Lunatic asylums Madras 1877-1891 - 1877-1891
Year: 1877
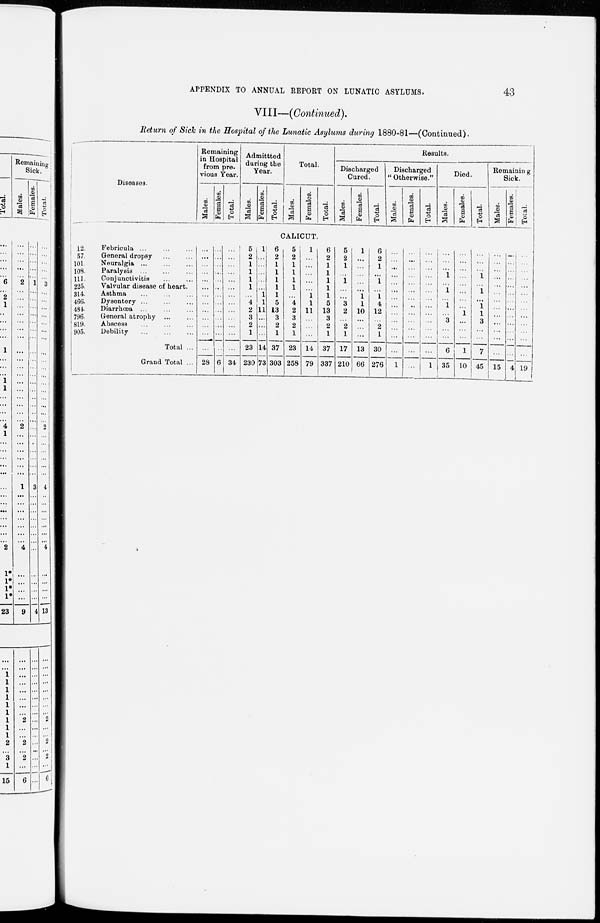
43
APPENDIX TO ANNUAL REPORT ON LUNATIC ASYLUMS.
VIII—(Continued).
Return of Sick in the Hospital of the Lunatic Asylums during 1880-81—(Continued).
Diseases.
Remaining
in Hospital
from p r e v i o u s Year.
Males.
Females.
Total.
Admittted
during the
Year.
Males.
Females.
Total.
Total.
Males.
Females.
Total.
Results.
Discharged
Cured.
Males.
Fe ma l
e s .
Total.
Discharged
' Otherwise."
Males.
Females.
Total.
Died.
Males.
Females.
Total.
Remaining
Sick.
Males.
Females.
Total.
CALICUT.
12.
57.
101.
103.
111.
225.
314.
466
484.
796.
819.
905.
Febricula ... ... ...
General dropsy ... ...
Neuralgia ... ... ...
Paralysis ... ... ...
Conjunctivitis ... ...
Valvular disease of heart.
Asthma ... ... ...
Dysentery ... ... ...
Diarrhœa ... ... ...
General atrophy ... ...
Abscess ... ... ...
Debility ... ... ...
Total ...
Grand Total ...
...
...
...
...
...
...
...
...
...
...
...
...
...
28
...
...
...
...
...
...
...
...
...
...
...
...
...
6
...
...
...
...
...
...
...
...
...
...
...
...
...
34
5
2
1
1
1
1
...
4
2
3
2
1
23
230
1
...
...
...
...
...
1
1
11
...
...
...
14
73
6
2
1
1
1
1
1
5
13
3
2
1
37
303
5
2
1
1
1
1
...
4
2
3
2
1
23
258
1
...
...
...
...
...
1
1
11
...
...
...
14
79
6
2
...
...
...
...
...
5
13
3
2
1
37
337
5
2
1
...
1
...
...
3
2
...
2
1
17
210
1
...
...
...
...
...
1
1
10
...
...
...
13
66
6
2
1
...
1
...
1
4
12
...
2
1
30
276
...
...
...
...
...
...
...
...
...
...
...
...
...
1
...
...
...
...
...
...
...
...
...
...
...
...
...
...
...
...
...
...
...
...
...
...
...
...
...
... ...
1
...
...
...
1
...
1
...
1
...
...
...
... 6
35
...
...
...
...
...
...
...
...
1
...
...
...
1
10
...
...
...
1
...
1
...
1
1
3
...
...
7
45
...
...
...
...
...
...
...
...
...
...
...
...
...
15
...
...
...
...
...
...
...
...
...
...
...
...
...
4
...
...
...
...
...
...
...
...
...
...
...
...
...
19